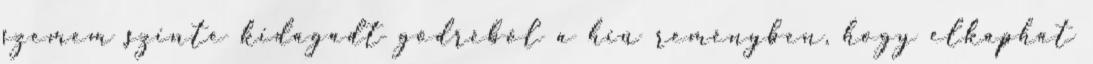
szemem szinte kidagadt gödréből a hiú reményben, hogy elkaphat